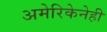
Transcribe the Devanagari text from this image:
अमेरिकेनेही